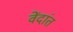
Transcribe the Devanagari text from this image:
वेंदांत